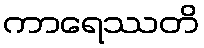
ကာရေဿတိ